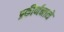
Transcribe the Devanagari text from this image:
प्रकीर्णनाने